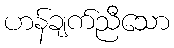
ဟန်ချက်ညီသော